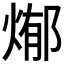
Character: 𭵊